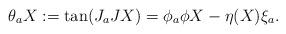
LaTeX: \begin{align*}\theta_aX:=\tan(J_aJX)=\phi_a\phi X-\eta(X)\xi_a.\end{align*}